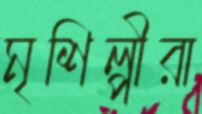
মৃশিল্পীরা